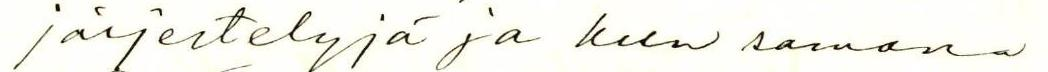
järjestelyjä ja kun samana